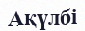
Ақүлбі